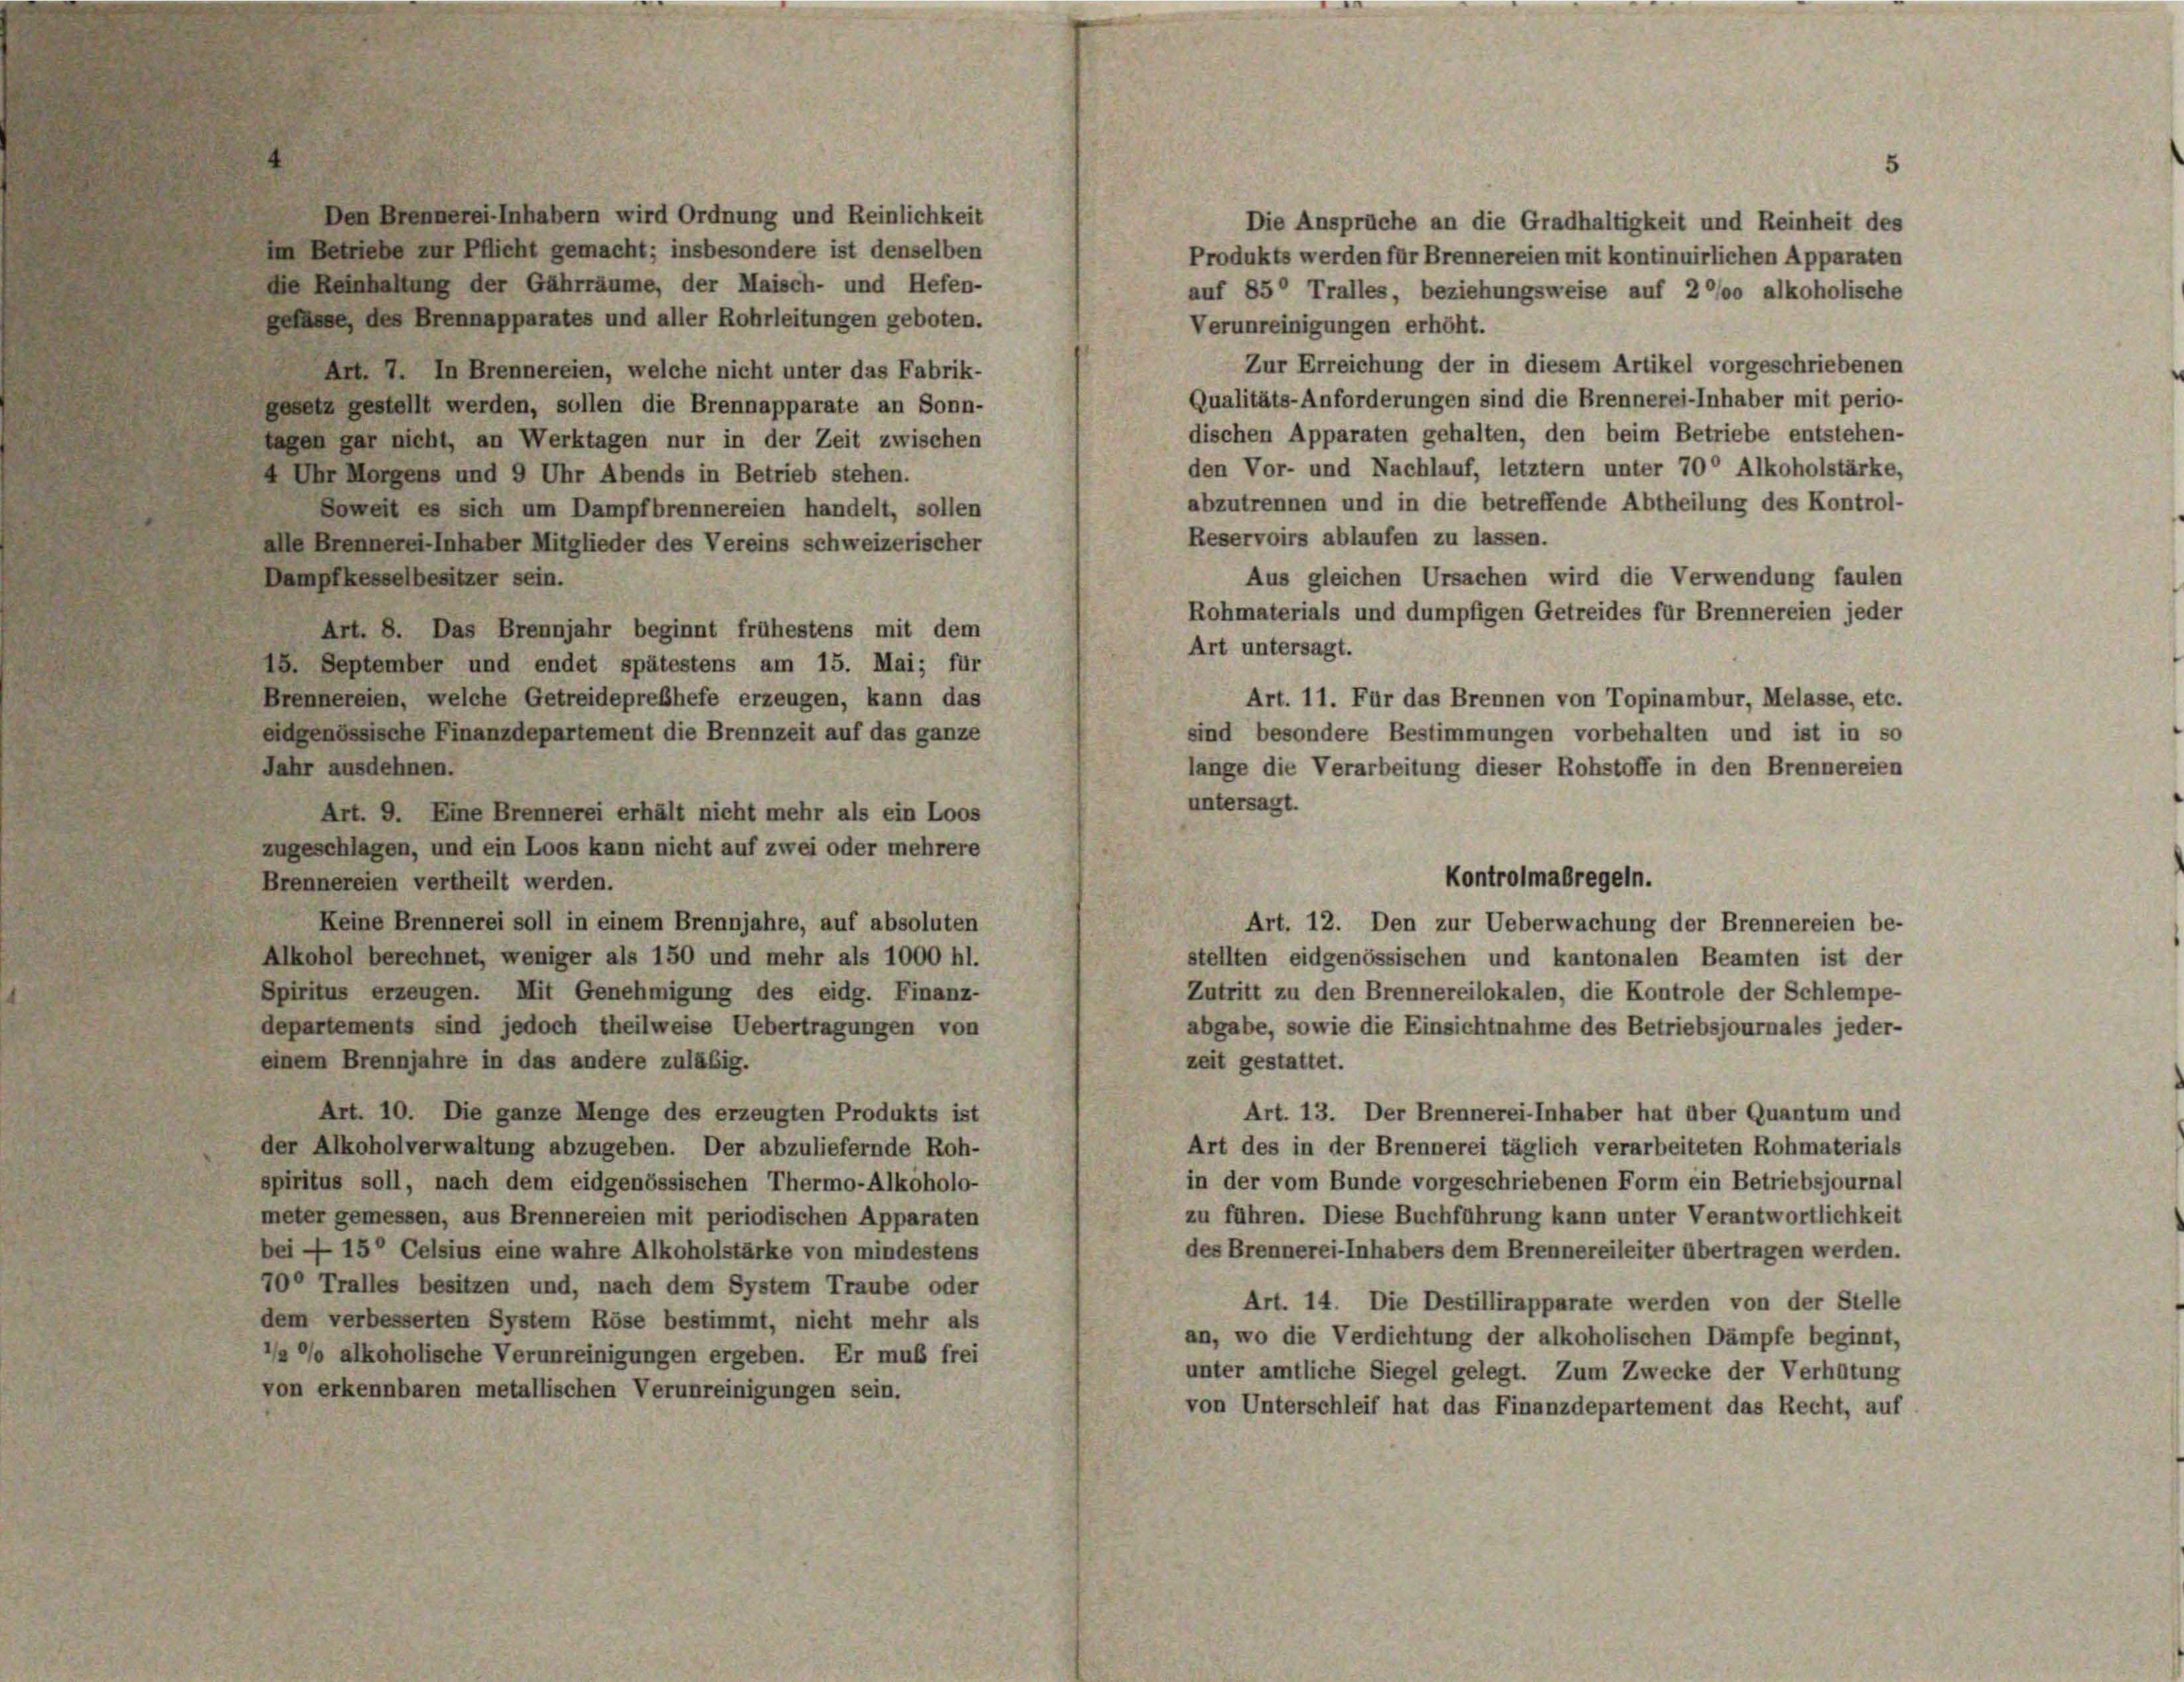
Den Brennerei Inhabern wird Ordnung und Reinlichkeit
Im Betriebe zur Pflicht gemacht; insbesondere ist denselben
die Reinhaltung der Gährräume, der Maisch- und Hefen-
gefasse, des Brennapparates und aller Rohrleitungen geboten.
Art. 7. In Brennereien, welche nicht unter das Fabrik-
gesetz gestellt werden, sollen die Brennapparate an Sonn-
tagen gar nicht, an Werktagen nur in der Zeit zwischen
4 Uhr Morgens und 9 Uhr Abends in Betrieb stehen.
abzutrennen und in die betreffende Abtheilung des Kontrol-
Soweit es sich um Dampfbrennereien handelt, sollen
Reservoirs ablaufen zu lassen.
alle Brennerei-Inhaber Mitglieder des Vereins schweizerischer
Dampfkesselbesitzer sein.
Aus gleichen Ursachen wird die Verwendung faulen
Rohmaterials und dumpfigen Getreides für Brennereien jeder
Art. 8. Das Brennjahr beginnt frühestens mit dem
Art untersagt.
15. September und endet spätestens am 15. Mai; für
Art. 11. Für das Brennen von Topinambur, Melasse, etc.
Brennereien, welche Getreidepreßhefe erzeugen, kann das
sind besondere Bestimmungen vorbehalten und ist in so
eidgenössische Finanzdepartement die Brennzeit auf das ganze
Jahr ausdehnen.
lange die Verarbeitung dieser Rohstoffe in den Brennereien
untersagt.
Art. 9. Eine Brennerei erhält nicht mehr als ein Loos
zugeschlagen, und ein Loos kann nicht auf zwei oder mehrere
Kontrolmaßregeln.
Brennereien vertheilt werden.
Keine Brennerei soll in einem Brennjahre, auf absoluten
Art. 12. Den zur Ueberwachung der Brennereien be-
Alkohol berechnet, weniger als 150 und mehr als 1000 hl.
stellten eidgenössischen und kantonalen Beamten ist der
Spiritus erzeugen. Mit Genehmigung des eidg. Finanz-
Zutritt zu den Brennereilokalen, die Kontrole der Schlempe-
departements sind jedoch theilweise Uebertragungen von
abgabe, sowie die Einsichtnahme des Betriebsjournales jeder-
zeit gestattet.
einem Brennjahre in das andere zuläßig.
Art. 13. Der Brennerei-Inhaber hat über Quantum und
Art. 10. Die ganze Menge des erzeugten Produkts ist
Art des in der Brennerei täglich verarbeiteten Rohmaterials
der Alkoholverwaltung abzugeben. Der abzuliefernde Roh-
in der vom Bunde vorgeschriebenen Form ein Betriebsjournal
spiritus soll, nach dem eidgenössischen Thermo-Alkoholo-
zu führen. Diese Buchführung kann unter Verantwortlichkeit
meter gemessen, aus Brennereien mit periodischen Apparaten
des Brennerei-Inhabers dem Brennereileiter übertragen werden.
bei — 15° Celsius eine wahre Alkoholstärke von mindestens
70° Tralles besitzen und, nach dem System Traube oder
Art. 14. Die Destillirapparate werden von der Stelle
dem verbesserten System Röse bestimmt, nicht mehr als
an, wo die Verdichtung der alkoholischen Dämpfe beginnt,
’/2 °/o alkoholische Verunreinigungen ergeben. Er muß frei
unter amtliche Siegel gelegt. Zum Zwecke der Verhütung
von erkennbaren metallischen Verunreinigungen sein.
von Unterschleif hat das Finanzdepartement das Recht, auf

Die Ansprüche an die Gradhaltigkeit und Reinheit des
Produkts werden für Brennereien mit kontinuirlichen Apparaten
auf 85° Tralles, beziehungsweise auf 2 °/00 alkoholische
Verunreinigungen erhöht.
Zur Erreichung der in diesem Artikel vorgeschriebenen
Qualitäts-Anforderungen sind die Brennerei-Inhaber mit perio-
dischen Apparaten gehalten, den beim Betriebe entstehen-
den Vor- und Nachlauf, letztem unter 70 Alkoholstärke,